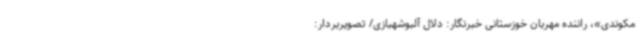
مکوندی»، راننده مهربان خوزستانی خبرنگار: دلال آلبوشهبازی/ تصویربردار: